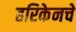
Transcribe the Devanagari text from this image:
हरिकेनचे